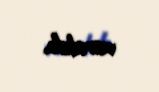
vurulub.